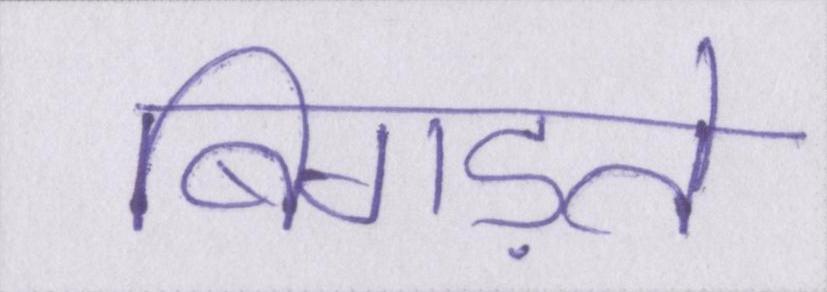
बिगड़ते